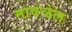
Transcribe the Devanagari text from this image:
मावळेल